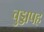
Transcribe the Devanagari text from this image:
चुड्डापह